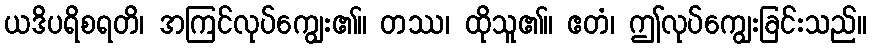
ယဒိပရိစရတိ၊ အကြင်လုပ်ကျွေး၏။ တဿ၊ ထိုသူ၏။ ဧတံ၊ ဤလုပ်ကျွေးခြင်းသည်။